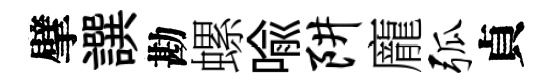
擘譔勘螺喻阱龐弧貞